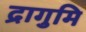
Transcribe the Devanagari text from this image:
द्रागुमि